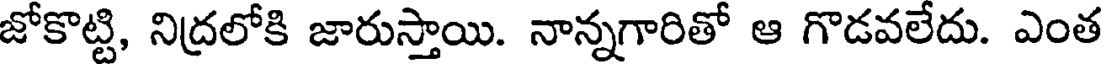
జోకొట్టి, నిద్రలోకి జారుస్తాయి. నాన్నగారితో ఆ గొడవలేదు. ఎంత